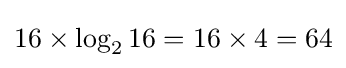
16\times \log _{2}16=16\times 4=64